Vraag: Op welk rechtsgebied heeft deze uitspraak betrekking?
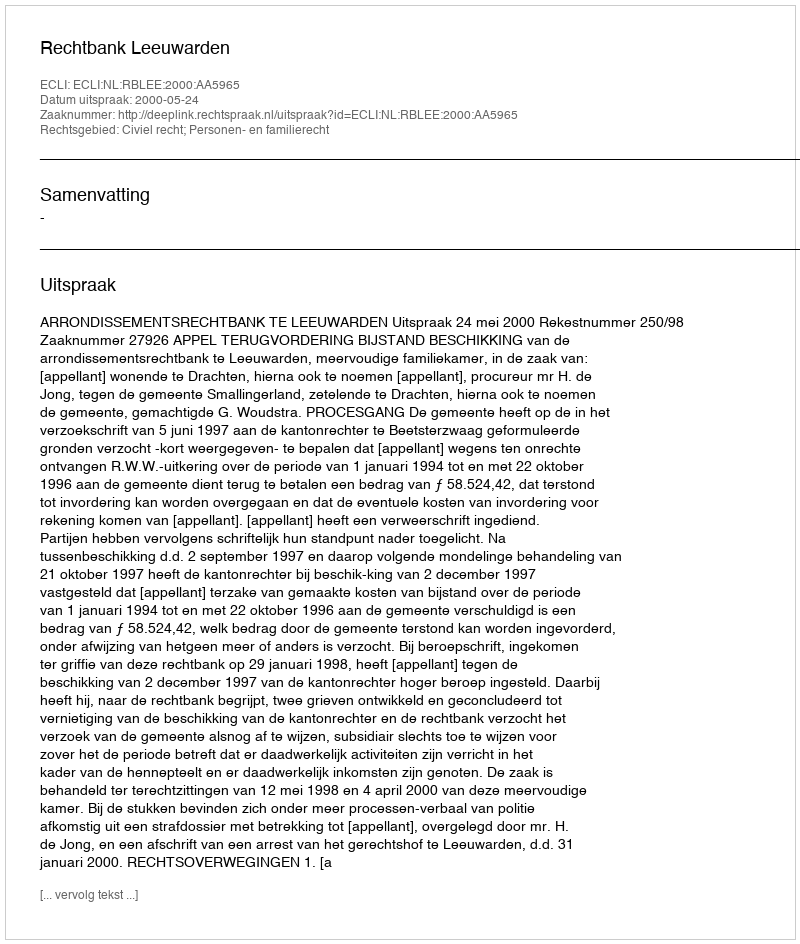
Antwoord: Civiel recht; Personen- en familierecht